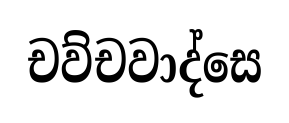
චව්චවාද්සෙ